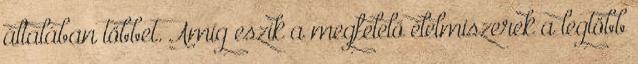
általában többet. Amíg eszik a megfelelő élelmiszerek a legtöbb